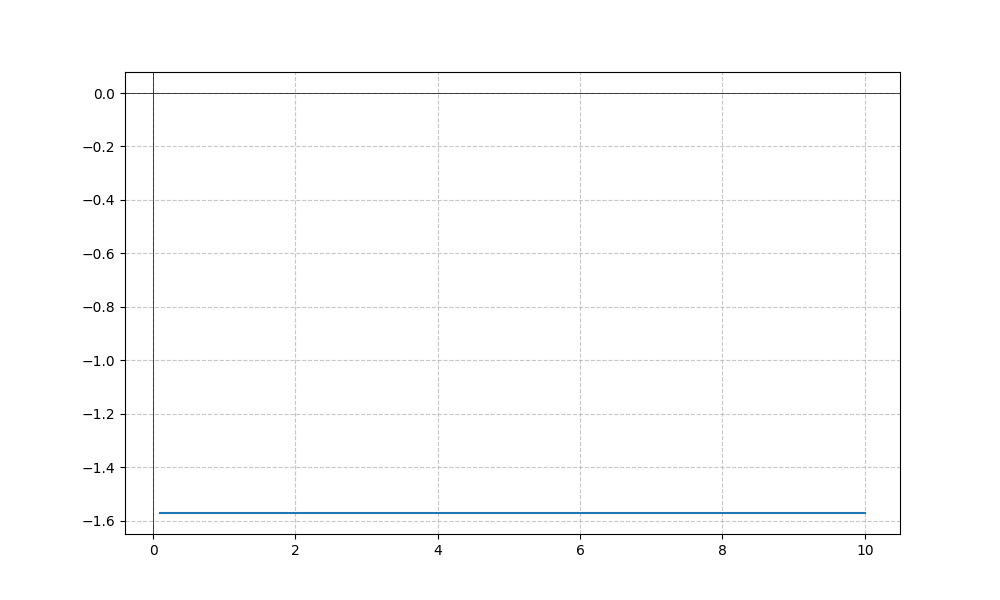
LaTeX formula: - \operatorname{acot}{\left(x \right)} - \operatorname{atan}{\left(x \right)}